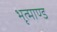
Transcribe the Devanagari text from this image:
भृत्माण्ड